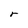
Character: r